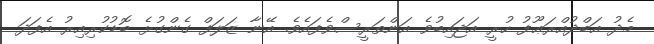
މެދު އަބްދުއްރަޢޫފު ހުރީ އަޖައިބުވެ އަންތަރީސްވެފައެވެ. އޭނާ ޒަލަފް ގެންގުޅެ ބޮޑުކުރިއިރު އެފަދަ